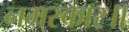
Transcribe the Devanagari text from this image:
नमस्कार॥